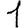
Digit: 1